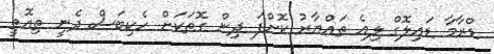
ޑްރާމާ ޑައިލޮގް ލިއެ ތައްޔާރު ކޮށްފަ ދިން ގޮތަކަށް ހެކިބަސް ދެނީ ތިއޮތީ